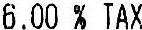
6.00 % TAX